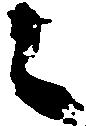
々